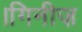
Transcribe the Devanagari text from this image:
।गिनीज़